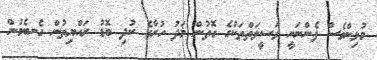
މުޅިންވެސް ފެންނަނީ ވަސީލަތްތަކުގެ ގޮތުން މަދު ހުރާގެ ކުދި ބޮޑު ރައްޔިތުން ގެނބެމުން